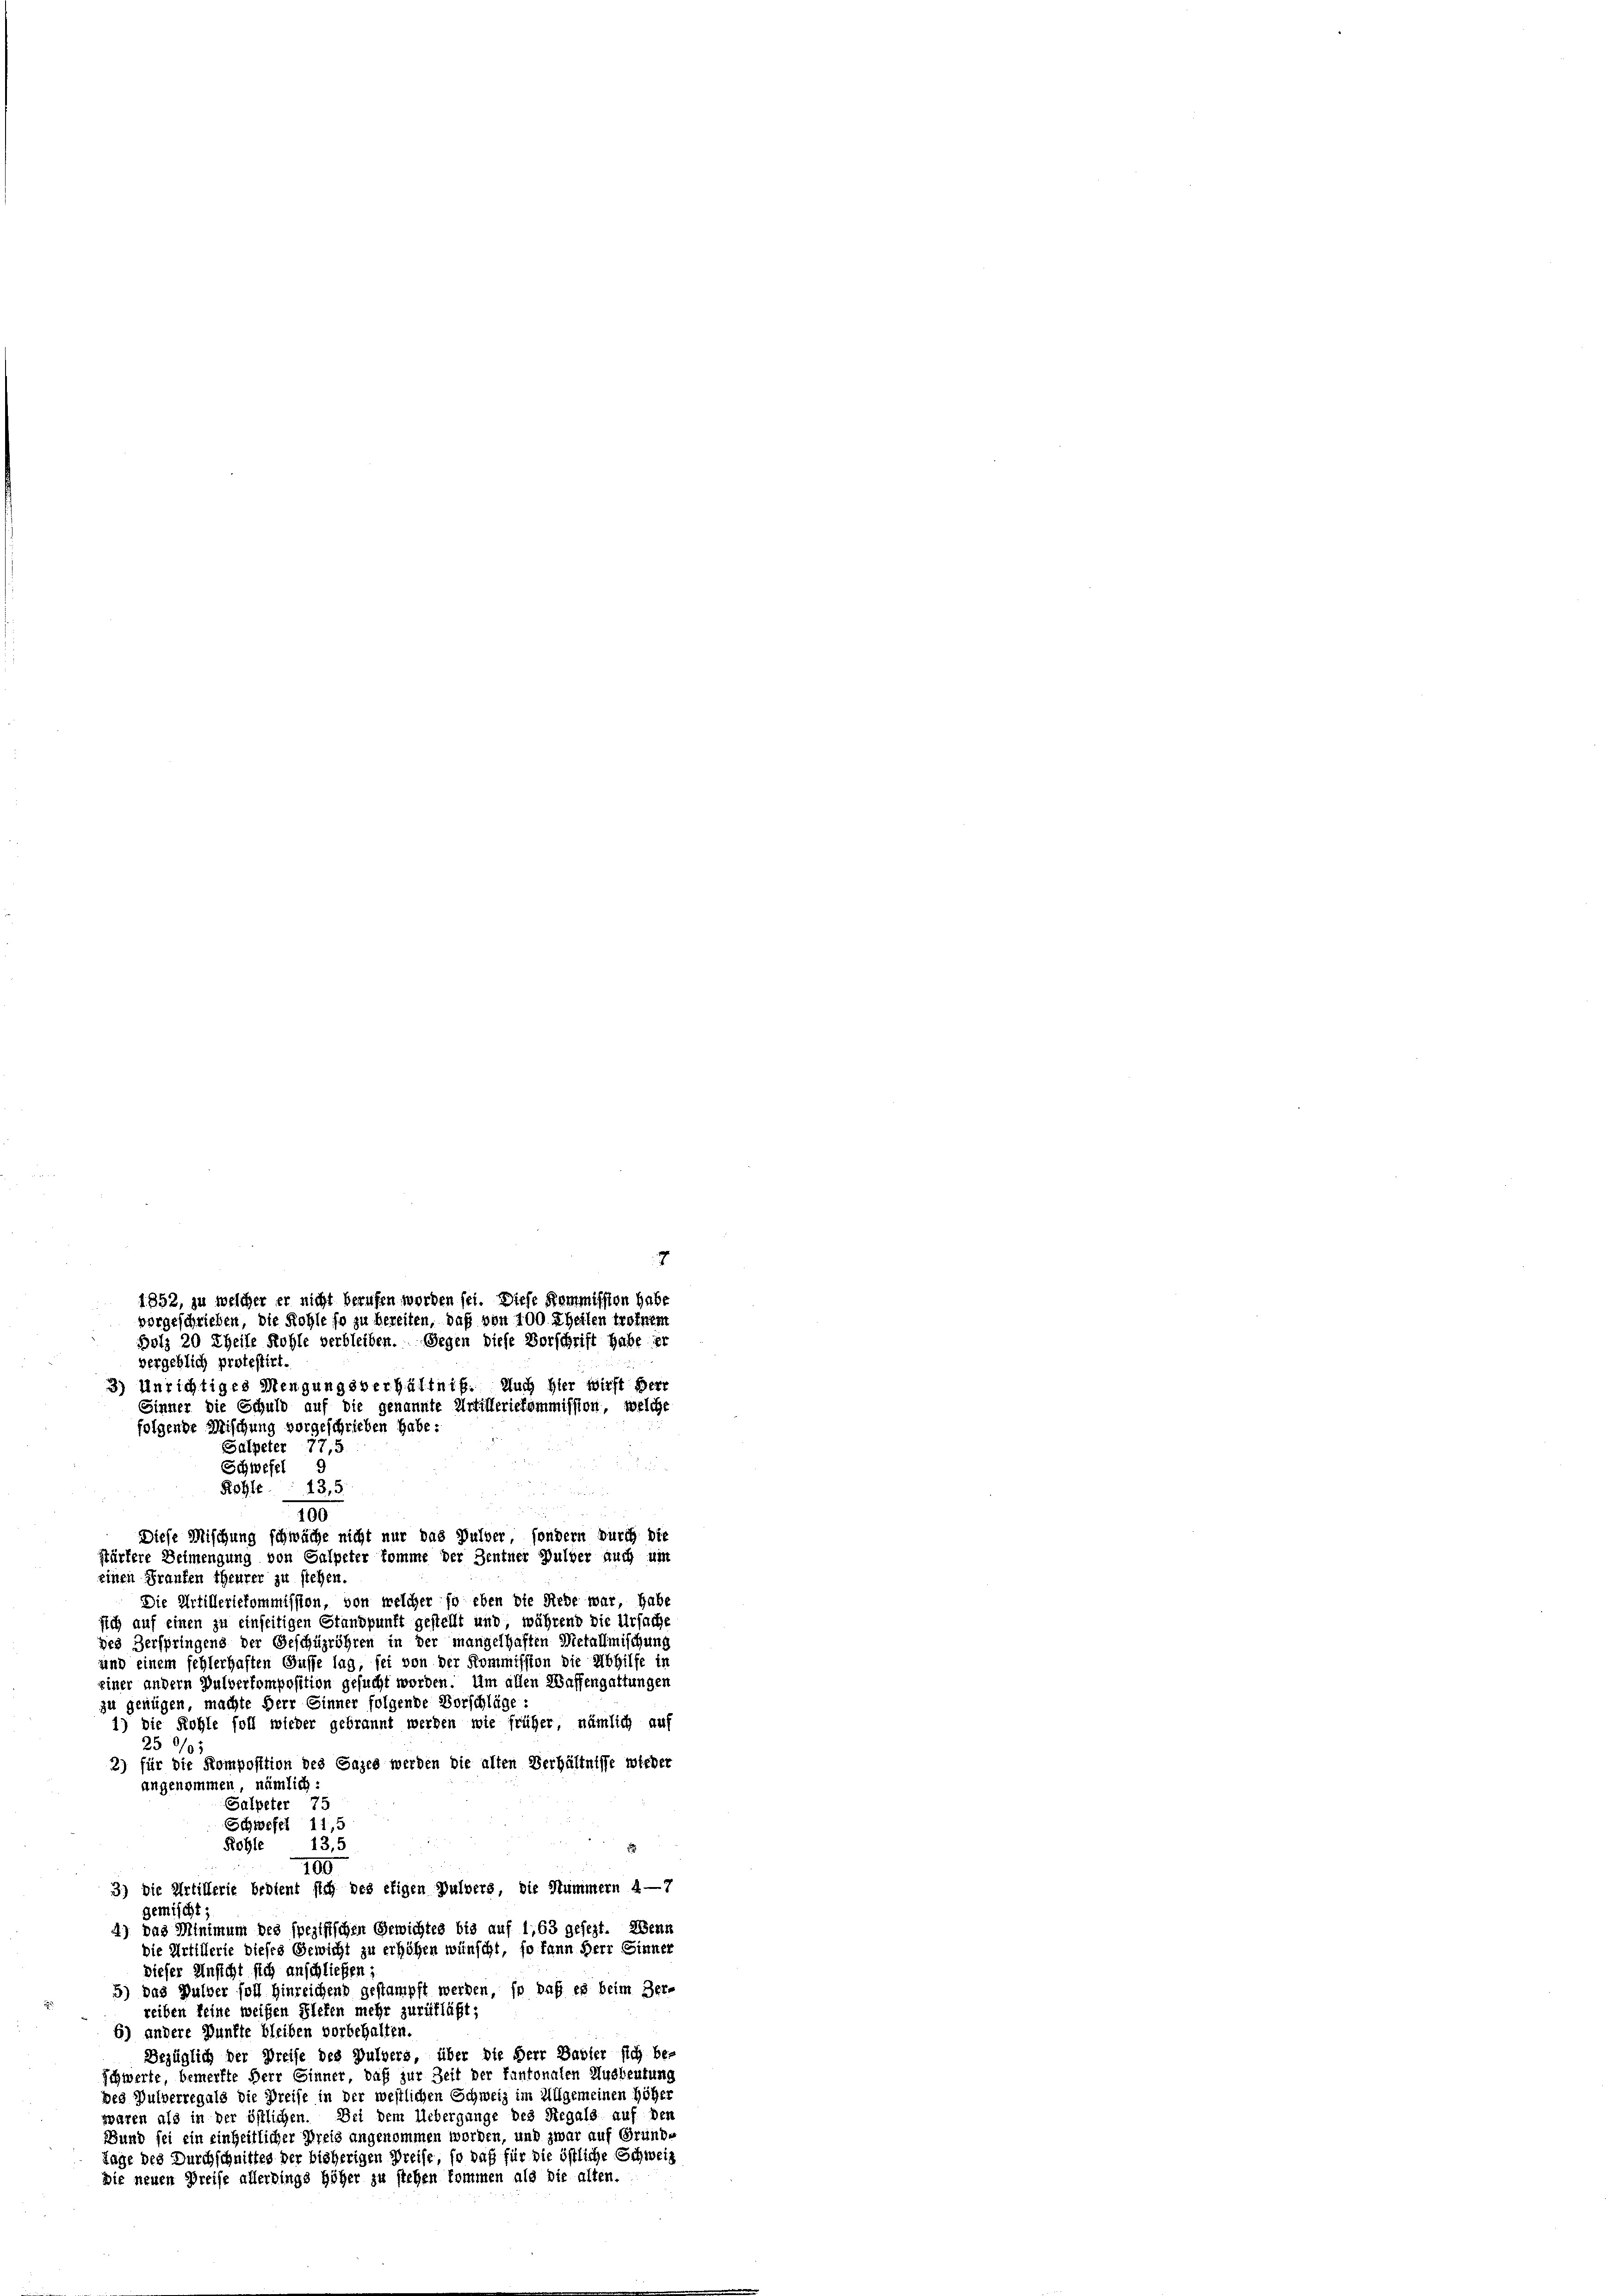
vorgeschrieben, die Kohle so zu bereiten, daß von 100 theilen troinem
vergeblich protestirt.
3) Unrichtiges Mengungsverhältniß. Auch hier wirft Herr
Sinner die Schuld auf die genannte Artilleriekommission, welche
folgende Mischung vorgeschrieben habe:

Salpeter 77,5
Schwefel 9
Rolle 13,5

1852, zu welcher er nicht berufen worden sei. Diese Kommission habe

7
Holz 20 Theile Kohle verbleiben. Gegen diese Vorschrift habe er

100
Diese Mischung schwäche nicht nur das Pulver, sondern durch die
stärkere Beimengung von Galpeter komme der Zentner Gulder auch um
einen Franken theurer zu stehen.
Die Artilleriekommission, von welcher so eben die Riebe war, habe
sich auf einen zu einseitigen Standpunft gestellt und, während die Ursache
ges Zerspringens der Geschüzröhren in der mangelhaften Metallmischung
und einem fehlerhaften Gusse lag, sei von der Kommission die Abhilfe in
einer andern Pulverkomposition gesucht worden. Um allen Waffengattungen
zu genügen, machte Herr Sinner folgende Vorschläge:
1) Die Kohle foll wieder gebrannt werden wie früher, nämlich auf
25 0/05
2) für die Komposition des Sazes werden die alten Verhältnisse wieder
angenommen, nämlich
Salpeter 75
Schwefel 11,5
13,5
Rohle
100
3) Die Artillerie bedient sich des etigen Pulvers, die Hummern 4—7
gemischt
4) Das Minimum des spezifischen Gewichtes bis auf 1,63 gesezt. Wenn
Die Artillerie dieses Gewicht zu erhöhen wünscht, so kann Herr Sinner
dieser Unsicht sich anschließen;
5) das Pulver soll hinreichend gestampft werden, so daß es beim Ber-
reiben keine weißen Plefen mehr zurükläßt;
6) andere Punkte bleiben vorbehalten.
Bezüglich der Preise des Pulvers, über die Herr Babler sich be-
Schwerte, bemerkte Herr Ginner, daß zur Zeit der fantonalen Ausbeutung
des Pulverregals die Preise in der westlichen Schweiz im Allgemeinen höher
waren als in der östlichen. Dei dem Uebergange des Regals auf den
Bund sei ein einheitlicher Dreis angenommen worden, und zwar auf Grund-
Tage des Durchschnittes der bisherigen Preise, so daß für die östliche Schweiz
Die neuen Preise allerdings höher zu stehen kommen als die alten.